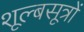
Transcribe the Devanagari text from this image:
शूल्बसूत्रों